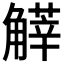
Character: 𧤱